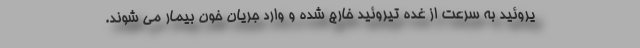
یروئید به سرعت از غده تیروئید خارج شده و وارد جریان خون بیمار می شوند.